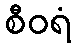
စီဝရံ